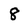
Character: 8